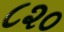
૮૨૦